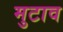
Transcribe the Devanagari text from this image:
मुटाव